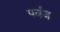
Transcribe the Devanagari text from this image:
पर्वज